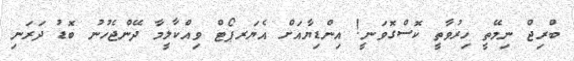
ބްރިޖް ނިމޭތީ ހިރުވާތީ ކޮސްގޮވަނީ! އިންޑިޔާއަށް އެޔަރޕޯޓް ވިއްކާލީމާ ދޭންޖެހުނު ބޮޑު ދަރަނި